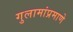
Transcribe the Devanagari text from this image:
गुलामांप्रमाणे